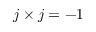
j \times j = - 1